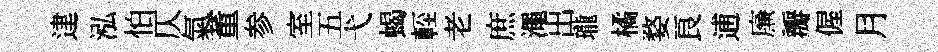
䢖泓怕仄氣董参室五弋蝎䡖老庶澠出瓏橘婺良逋㢘瓣偓月